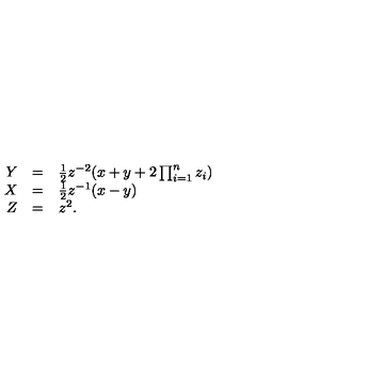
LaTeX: \begin{array} { r c l } { Y } & { = } & { \frac { 1 } { 2 } z ^ { - 2 } ( x + y + 2 \prod _ { i = 1 } ^ { n } z _ { i } ) } \\ { X } & { = } & { \frac { 1 } { 2 } z ^ { - 1 } ( x - y ) } \\ { Z } & { = } & { z ^ { 2 } . } \\ \end{array}